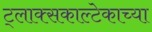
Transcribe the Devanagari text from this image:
ट्लाक्सकाल्टेकाच्या